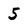
Character: 5